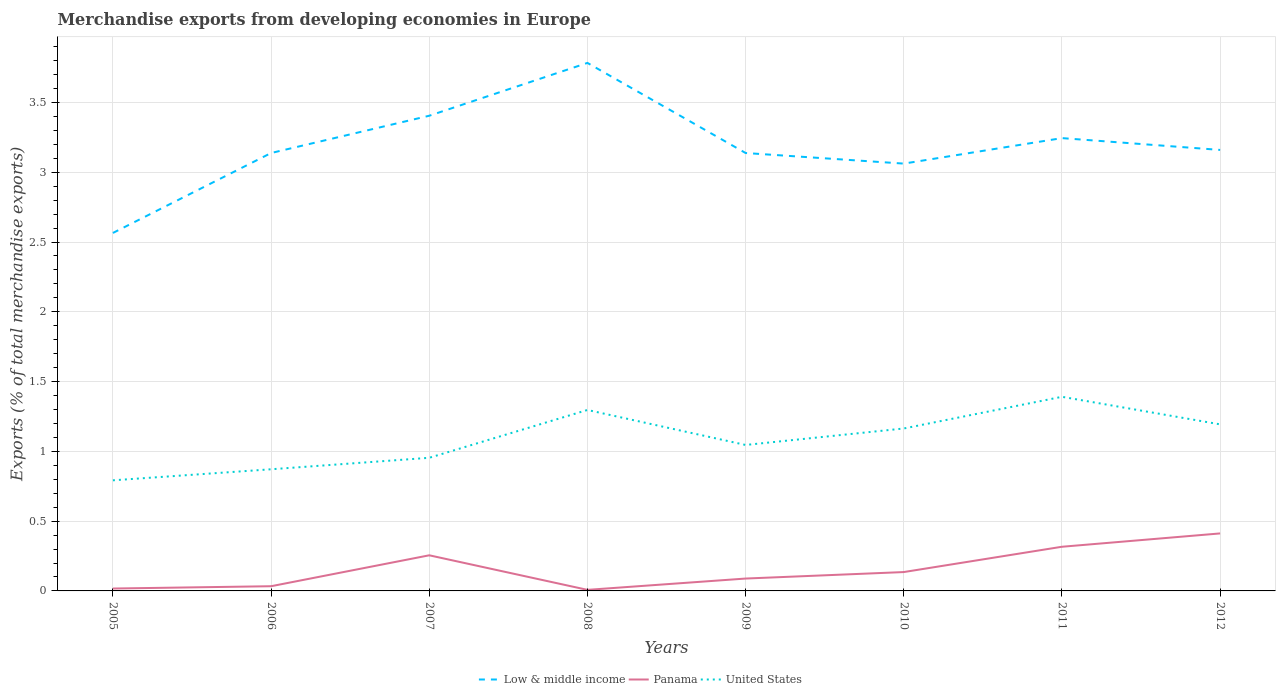
| Years | Low & middle income | Panama | United States |
 | --- | --- | --- | --- |
 | 2005 | 2.56 | 0.0171 | 0.792 |
 | 2006 | 3.14 | 0.0337 | 0.872 |
 | 2007 | 3.4 | 0.255 | 0.954 |
 | 2008 | 3.78 | 0.00764 | 1.3 |
 | 2009 | 3.14 | 0.0886 | 1.05 |
 | 2010 | 3.06 | 0.135 | 1.16 |
 | 2011 | 3.24 | 0.316 | 1.39 |
 | 2012 | 3.16 | 0.412 | 1.19 |